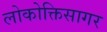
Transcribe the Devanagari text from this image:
लोकोक्तिसागर